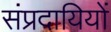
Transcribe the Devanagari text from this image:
संप्रदायियों